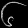
Digit: ၆